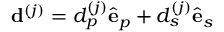
{ \bf d } ^ { ( j ) } = d _ { p } ^ { ( j ) } { \hat { \bf e } } _ { p } + d _ { s } ^ { ( j ) } { \hat { \bf e } } _ { s }